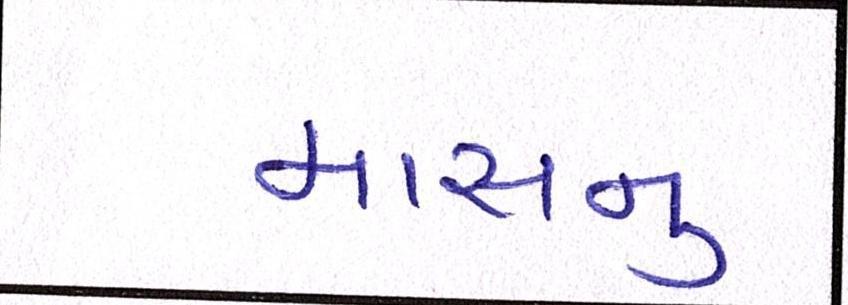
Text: માસનુ